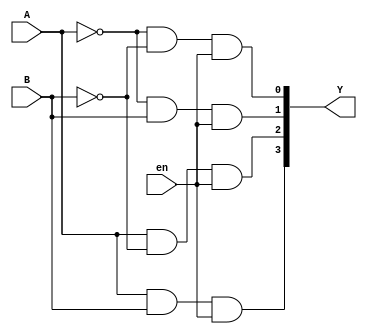
/* ----- ----- ----- ----- ----- -----
	Design: 2x4 Decoder
			By using primitives
 			for digital circuits
 	Filename: decode24.v
	Coder: Vitor Alexandre Garcia Vaz(14611432)
 	Versions: /june_2024/
	----- ----- ----- ----- ----- -----
*/ 
`timescale 1 ns/100 ps
module decode24(
  input en,
  input A,B,
  output [3:0] Y
);
  wire nA,nB;
  not (nA,A);
  not (nB,B);
  and(Y[0],nA,nB,en);
  and(Y[1],nA,B,en);
  and(Y[2],A,nB,en);
  and(Y[3],A,B,en);
endmodule